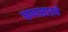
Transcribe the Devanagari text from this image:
फणसाडचे